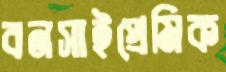
বনসাইপ্রেমিক